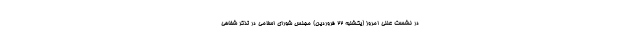
در نشست علنی امروز (یکشنبه ۲۲ فروردین) مجلس شورای اسلامی در تذکر شفاهی